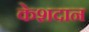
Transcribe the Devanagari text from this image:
केशदान